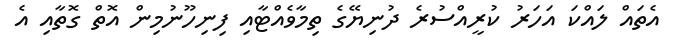
އެތައް ލައްކަ އަހަރު ކުރީއްސުރެ ދުނިޔޭގެ ތިމާވެއްޓާއި ފިނިހޫނުމިން އޮތް ގޮތާއި އެ